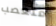
متعصب